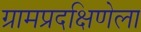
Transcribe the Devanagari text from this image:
ग्रामप्रदक्षिणेला